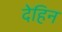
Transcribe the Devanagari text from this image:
देहिन